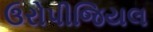
ઉરોપીજિયલ